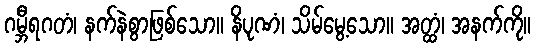
ဂမ္ဘီရဂတံ၊ နက်နဲစွာဖြစ်သော။ နိပုဏံ၊ သိမ်မွေ့သော။ အတ္ထံ၊ အနက်ကို။